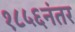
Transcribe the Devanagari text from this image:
१८५६नंतर